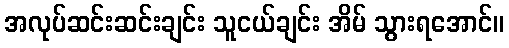
အလုပ်ဆင်းဆင်းချင်း သူငယ်ချင်း အိမ် သွားရအောင်။